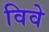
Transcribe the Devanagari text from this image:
विवे